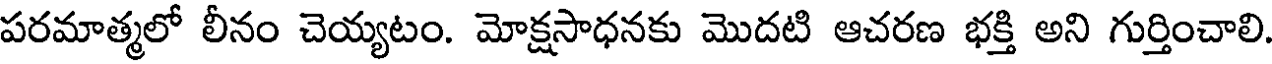
పరమాత్మలో లీనం చెయ్యటం. మోక్షసాధనకు మొదటి ఆచరణ భక్తి అని గుర్తించాలి